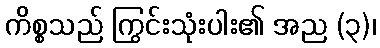
ကိစ္စသည် ကြွင်းသုံးပါး၏ အည (၃)၊